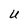
Character: U